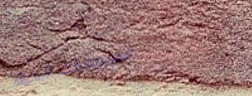
سوبرماركت الحياة